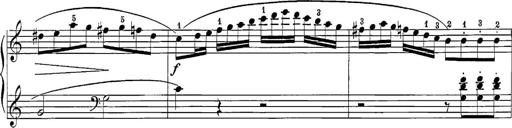
Title: 12 Sonatine per Pianoforte
Composer: Friedrich Kuhlau